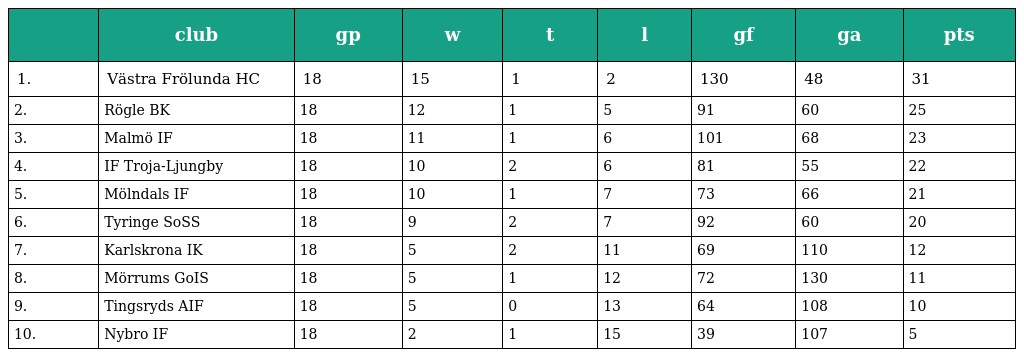
|  | club | gp | w | t | l | gf | ga | pts |
 | --- | --- | --- | --- | --- | --- | --- | --- | --- |
 | 1. | Västra Frölunda HC | 18 | 15 | 1 | 2 | 130 | 48 | 31 |
 | 2. | Rögle BK | 18 | 12 | 1 | 5 | 91 | 60 | 25 |
 | 3. | Malmö IF | 18 | 11 | 1 | 6 | 101 | 68 | 23 |
 | 4. | IF Troja-Ljungby | 18 | 10 | 2 | 6 | 81 | 55 | 22 |
 | 5. | Mölndals IF | 18 | 10 | 1 | 7 | 73 | 66 | 21 |
 | 6. | Tyringe SoSS | 18 | 9 | 2 | 7 | 92 | 60 | 20 |
 | 7. | Karlskrona IK | 18 | 5 | 2 | 11 | 69 | 110 | 12 |
 | 8. | Mörrums GoIS | 18 | 5 | 1 | 12 | 72 | 130 | 11 |
 | 9. | Tingsryds AIF | 18 | 5 | 0 | 13 | 64 | 108 | 10 |
 | 10. | Nybro IF | 18 | 2 | 1 | 15 | 39 | 107 | 5 |